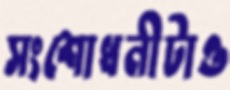
সংশোধনীটাও